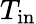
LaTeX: T_{\mathrm{in}}